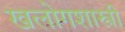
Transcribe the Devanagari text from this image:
खलोगशास्त्री